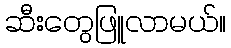
ဆီးတွေဖြူလာမယ်။